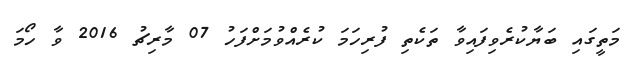
މަތީގައި ބަޔާކުރެވިފައިވާ ތަކެތި ފުރިހަމަ ކުރެއްވުމަށްފަހު 07 މާރިޗު 2016 ވާ ހޯމަ